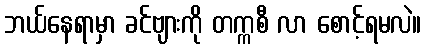
ဘယ်နေရာမှာ ခင်ဗျားကို တက္ကစီ လာ စောင့်ရမလဲ။